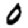
Digit: 0